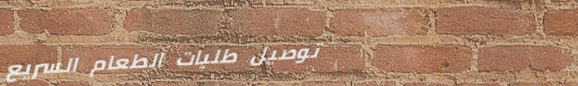
توصيل طلبات الطعام السريع